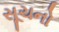
સૂચનો